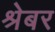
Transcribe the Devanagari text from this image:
श्रेबर